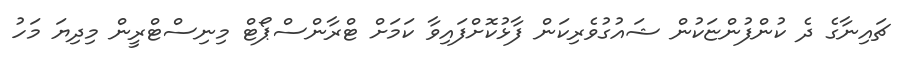
ޗައިނާގެ ދެ ކުންފުންޏަކުން ޝައުގުވެރިކަން ފާޅުކޮށްފައިވާ ކަމަށް ޓްރާންސްޕޯޓް މިނިސްޓްރީން މިދިޔަ މަހު